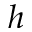
h